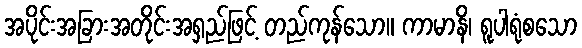
အပိုင်းအခြားအတိုင်းအရှည်ဖြင့် တည်ကုန်သော။ ကာမာနိ၊ ရူပါရုံစသော